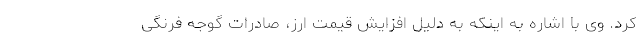
کرد. وی با اشاره به اینکه به دلیل افزایش قیمت ارز، صادرات گوجه فرنگی